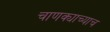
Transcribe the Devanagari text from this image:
चाणक्याच्याच